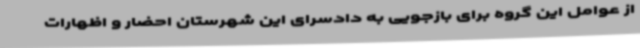
از عوامل این گروه برای بازجویی به دادسرای این شهرستان احضار و اظهارات